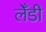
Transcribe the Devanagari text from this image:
लेँडी